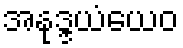
အနုဒ္ဒယံယေဝ